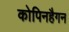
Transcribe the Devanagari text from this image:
कोपिनहैगन